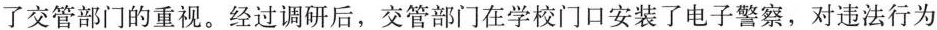
了交管部门的重视。经过调研后，交管部门在学校门口安装了电子警察，对违法行为